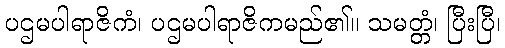
ပဌမပါရာဇိကံ၊ ပဌမပါရာဇိကမည်၏။ သမတ္တံ၊ ပြီးပြီ၊